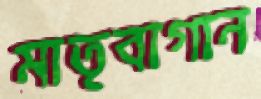
মাতৃবাগান